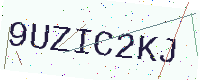
Text: 9UZIC2KJ